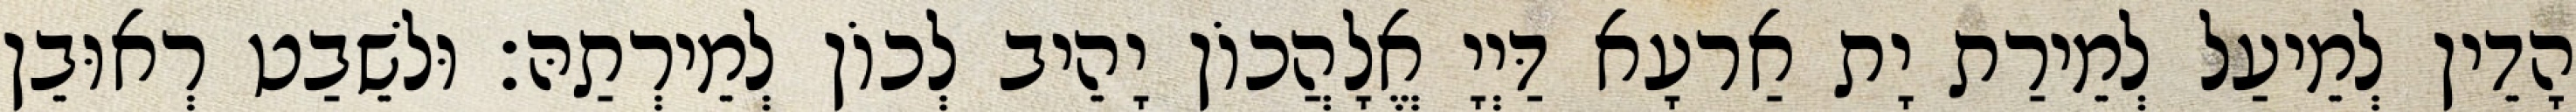
הָדֵין לְמֵיעַל לְמֵירַת יָת אַרעָא דַּיְיָ אֱלָהֲכוֹן יָהֵיב לְכוֹן לְמֵירְתַהּ׃ וּלשֵׁבַט רְאוּבֵן